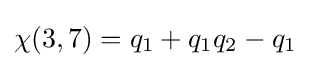
\chi (3,7)=q_{1}+q_{1}q_{2}-q_{1}